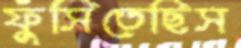
ফুঁসিতেছিস